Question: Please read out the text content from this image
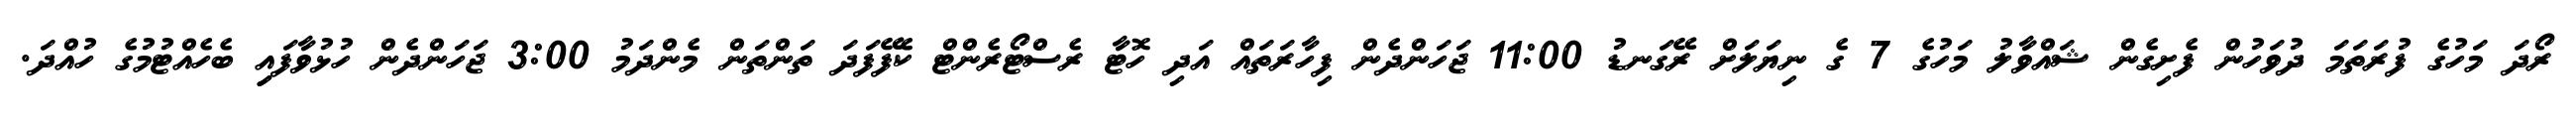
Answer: ރޯދަ މަހުގެ ފުރަތަމަ ދުވަހުން ފެށިގެން ޝައްވާލު މަހުގެ 7 ގެ ނިޔަލަށް ރޭގަނޑު 11:00 ޖަހަންދެން ފިހާރަތައް އަދި ހޮޓާ ރެސްޓޯރެންޓް ކެފޭފަދަ ތަންތަން މެންދަމު 3:00 ޖަހަންދެން ހުޅުވާފައިި ބެހެއްޓުމުގެ ހުއްދަ.